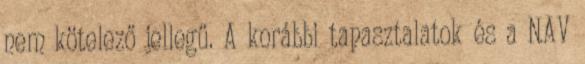
nem kötelező jellegű. A korábbi tapasztalatok és a NAV